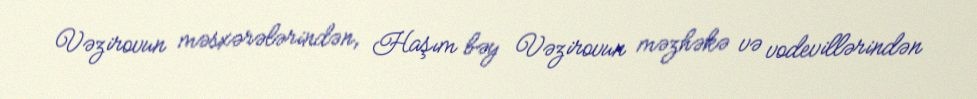
Vəzirovun məsxərələrindən, Haşım bəy Vəzirovun məzhəkə və vodevillərindən